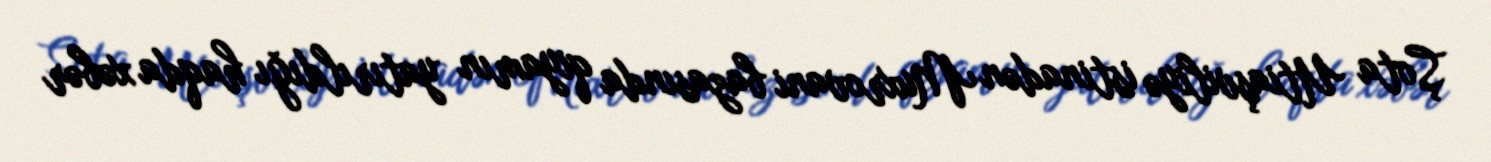
Şota Utiaşviliyə istinadən Muxrovani bazasında qiyamın yatırıldığı haqda xəbər